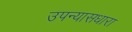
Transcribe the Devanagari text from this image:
उपन्यासधारा